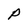
Character: P